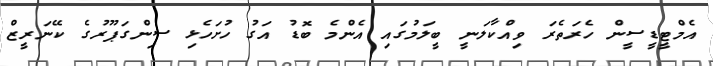
އެމްޓީޑީސީން ހެރަތެރަ ވިއްކާލަނީ ބީލަމުގައި އެންމެ ބޮޑު އަގު ހުށަހެޅި ސިންގަޕޫރުގެ ކޭނަރީޒް